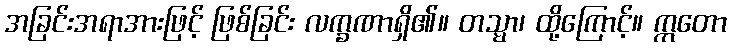
အခြင်းအရာအားဖြင့် ဖြစ်ခြင်း လက္ခဏာရှိ၏။ တသ္မာ၊ ထို့ကြောင့်။ ဣတော